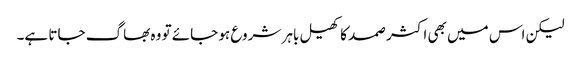
لیکن اس میں بھی اکثر صمد کا کھیل باہر شروع ہو جائے تو وہ بھاگ جاتا ہے۔